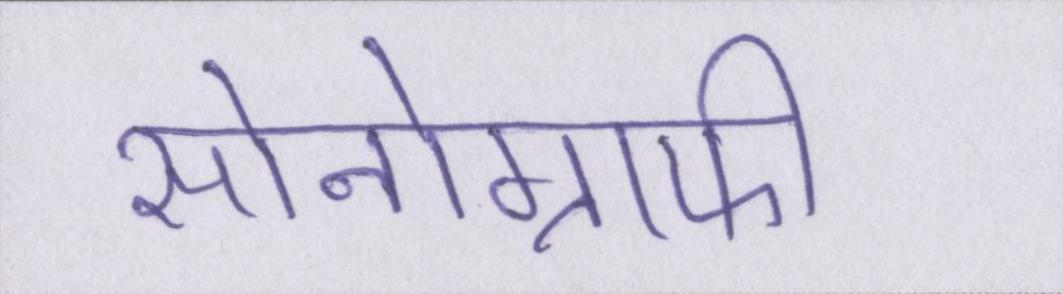
सोनोग्राफी